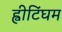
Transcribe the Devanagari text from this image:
ह्वीटिंघम